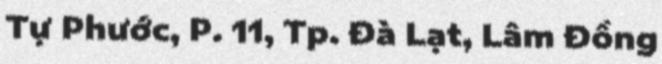
Tự Phước, P. 11, Tp. Đà Lạt, Lâm Đồng